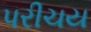
પરીચય